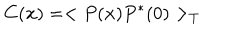
LaTeX: C ( { \bf x } ) = < P ( { \bf x } ) P ^ { * } ( 0 ) > _ { T }